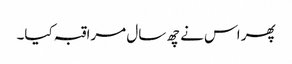
پھر اس نے چھ سال مراقبہ کیا۔